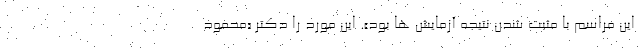
این مراسم با مثبت شدن نتیجه آزمایش ها بود». این مورد را دکتر «محمود